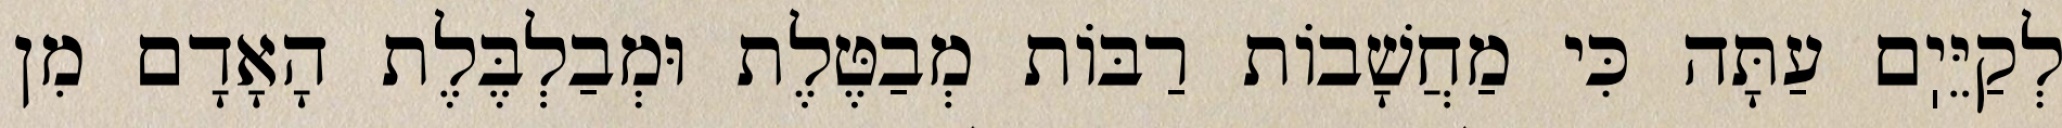
לְקַיֵּיֽם עַתָּה כִּי מַחֲשָׁבוֹת רַבּוֹת מְבַטֶּלֶת וּמְבַלְבֶּלֶת הָאָדָם מִן